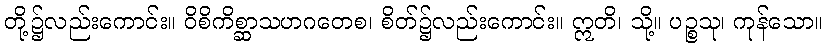
တို့၌လည်းကောင်း။ ဝိစိကိစ္ဆာသဟဂတေစ၊ စိတ်၌လည်းကောင်း။ ဣတိ၊ သို့။ ပဉ္စသု၊ ကုန်သော။